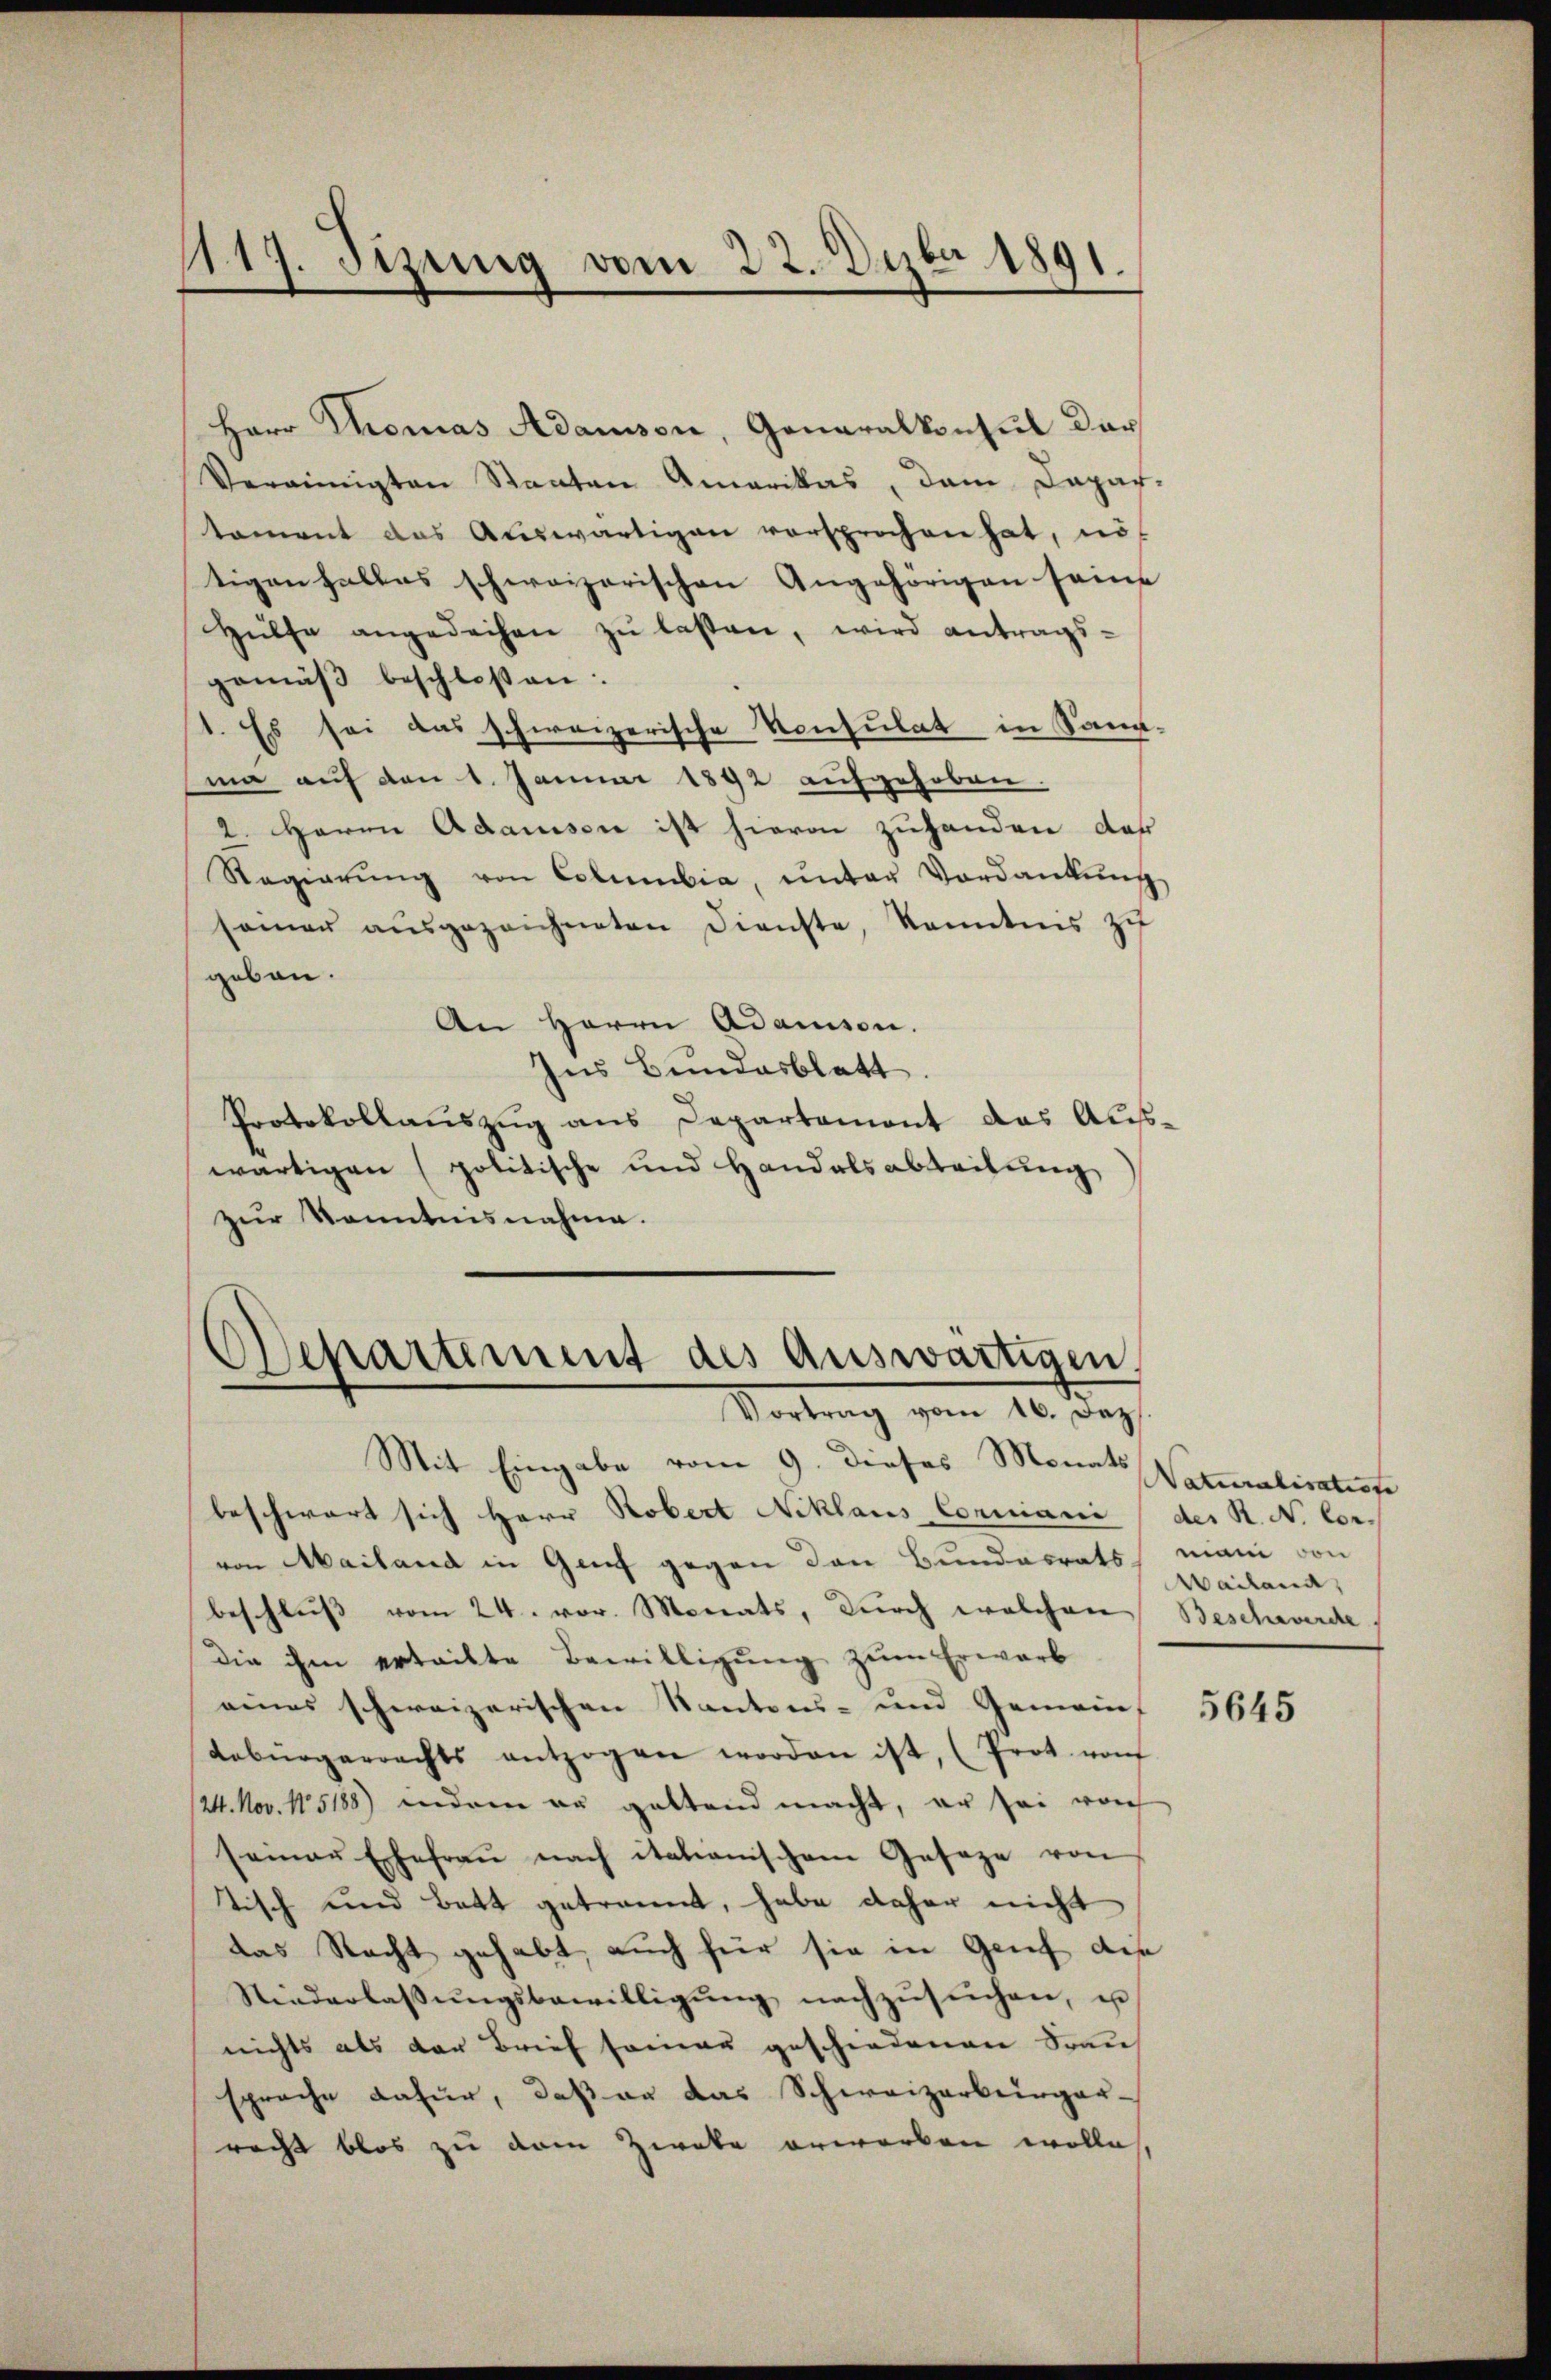
1117. Sizung vom 22. Dezbr 1891.
.

Herr Thomas Adamson, Generalkonsul dar
Vereinigten Staaten Amerikas, dem Dapar-
tament das Auswärtigen versprochen hat, nö
tigen halbes schweizerischen Angehörigen seine
Hülfe angedachen zu lassen, wird antragsgemäβ beschloßen:
1. Es sei das schweizerische Konsulat in Sann-
ma auf den 1. Januar 1892 aufgehoben.
2. Herrn Adamsen ist hievon zuhanden der
Regierŭng von Columbia, ŭnter Verdankŭng
samer aŭsgezeichneten Dienste, kanntnis zu
geben.
An Herrn Adamson.
Ins Bundesblatt.
Protokollauszug aus Departemont das Auswärtigen (politische und Handelsabteilung
zur Kenntnisnahme.

Departement des auswärtigen,
Vortrag vom 16. Dez.
Mit Eingabe vom 9. dieses Monats Naturalisation

beschwart sich Herr Robert Niklaus Corniani (der R. N. Corvon Mailand in Genf gegen den Bundesrats mani von
beschluß vom 24. vor. Monats, durch welchen Beschwerde
Die ihm erteilte Bewilligung zum Erwarb
eines schweizerischen Kantons- und Gemein-
debürgerrechts entzogen worden ist, (Prot. von
24. Nov. 15188) inderen zu geltend macht, er sei von
seiner Ehefraŭ nach italienischem Geseze von
tisch und Bett getrannt, habe daher nicht
das Recht gehabt, auch für sie in Genf die
Niederlassŭngsbewilligŭng nachzŭsŭchen, u
nichts als der Brief seien geschiedenen Frau
sprache dafür, daß an das Schweizerbürger-
racht blos zu dem Zweke erworben wolle,

Mailand,

5645